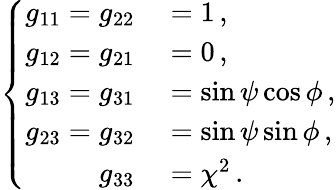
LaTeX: \left\{ \begin{array}{rl}{g_{11}=g_{22}}&{{}=1\, ,}\\ {g_{12}=g_{21}}&{{}=0\, ,}\\ {g_{13}=g_{31}}&{{}=\sin\psi\cos\phi\, ,}\\ {g_{23}=g_{32}}&{{}=\sin\psi\sin\phi\, ,}\\ {g_{33}}&{{}=\chi^{2}\, .}\end{array}\right.